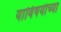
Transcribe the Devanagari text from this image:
याविषयीच्या